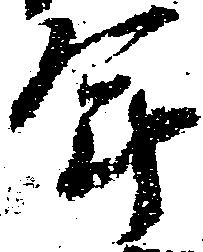
年